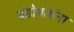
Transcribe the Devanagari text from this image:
बंडोपतांना